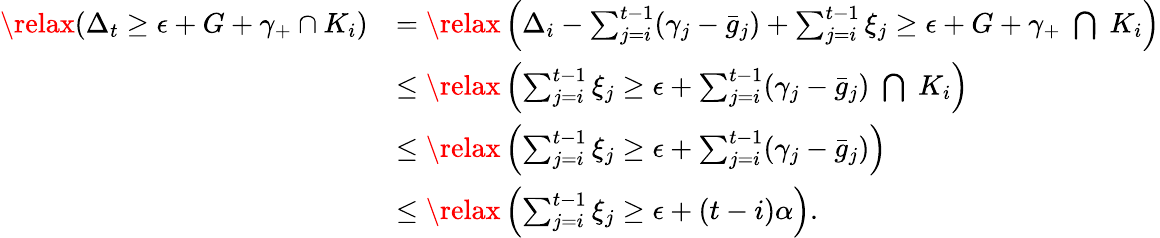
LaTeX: \begin{array}{rl}{\relax(\Delta_{t}\ge\epsilon+G+\gamma_{+}\cap K_{i})}&{=\relax\left(\Delta_{i}-\sum_{j=i}^{t-1}(\gamma_{j}-\bar{g}_{j})+\sum_{j=i}^{t-1}\xi_{j}\ge\epsilon+G+\gamma_{+}\; \bigcap\; K_{i}\right)}\\ &{\le\relax\left(\sum_{j=i}^{t-1}\xi_{j}\ge\epsilon+\sum_{j=i}^{t-1}(\gamma_{j}-\bar{g}_{j})\; \bigcap\; K_{i}\right)}\\ &{\le\relax\left(\sum_{j=i}^{t-1}\xi_{j}\ge\epsilon+\sum_{j=i}^{t-1}(\gamma_{j}-\bar{g}_{j})\right)}\\ &{\le\relax\left(\sum_{j=i}^{t-1}\xi_{j}\ge\epsilon+(t-i)\alpha\right).}\end{array}